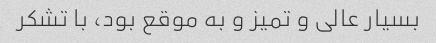
بسیار عالی و تمیز و به موقع بود، با تشکر